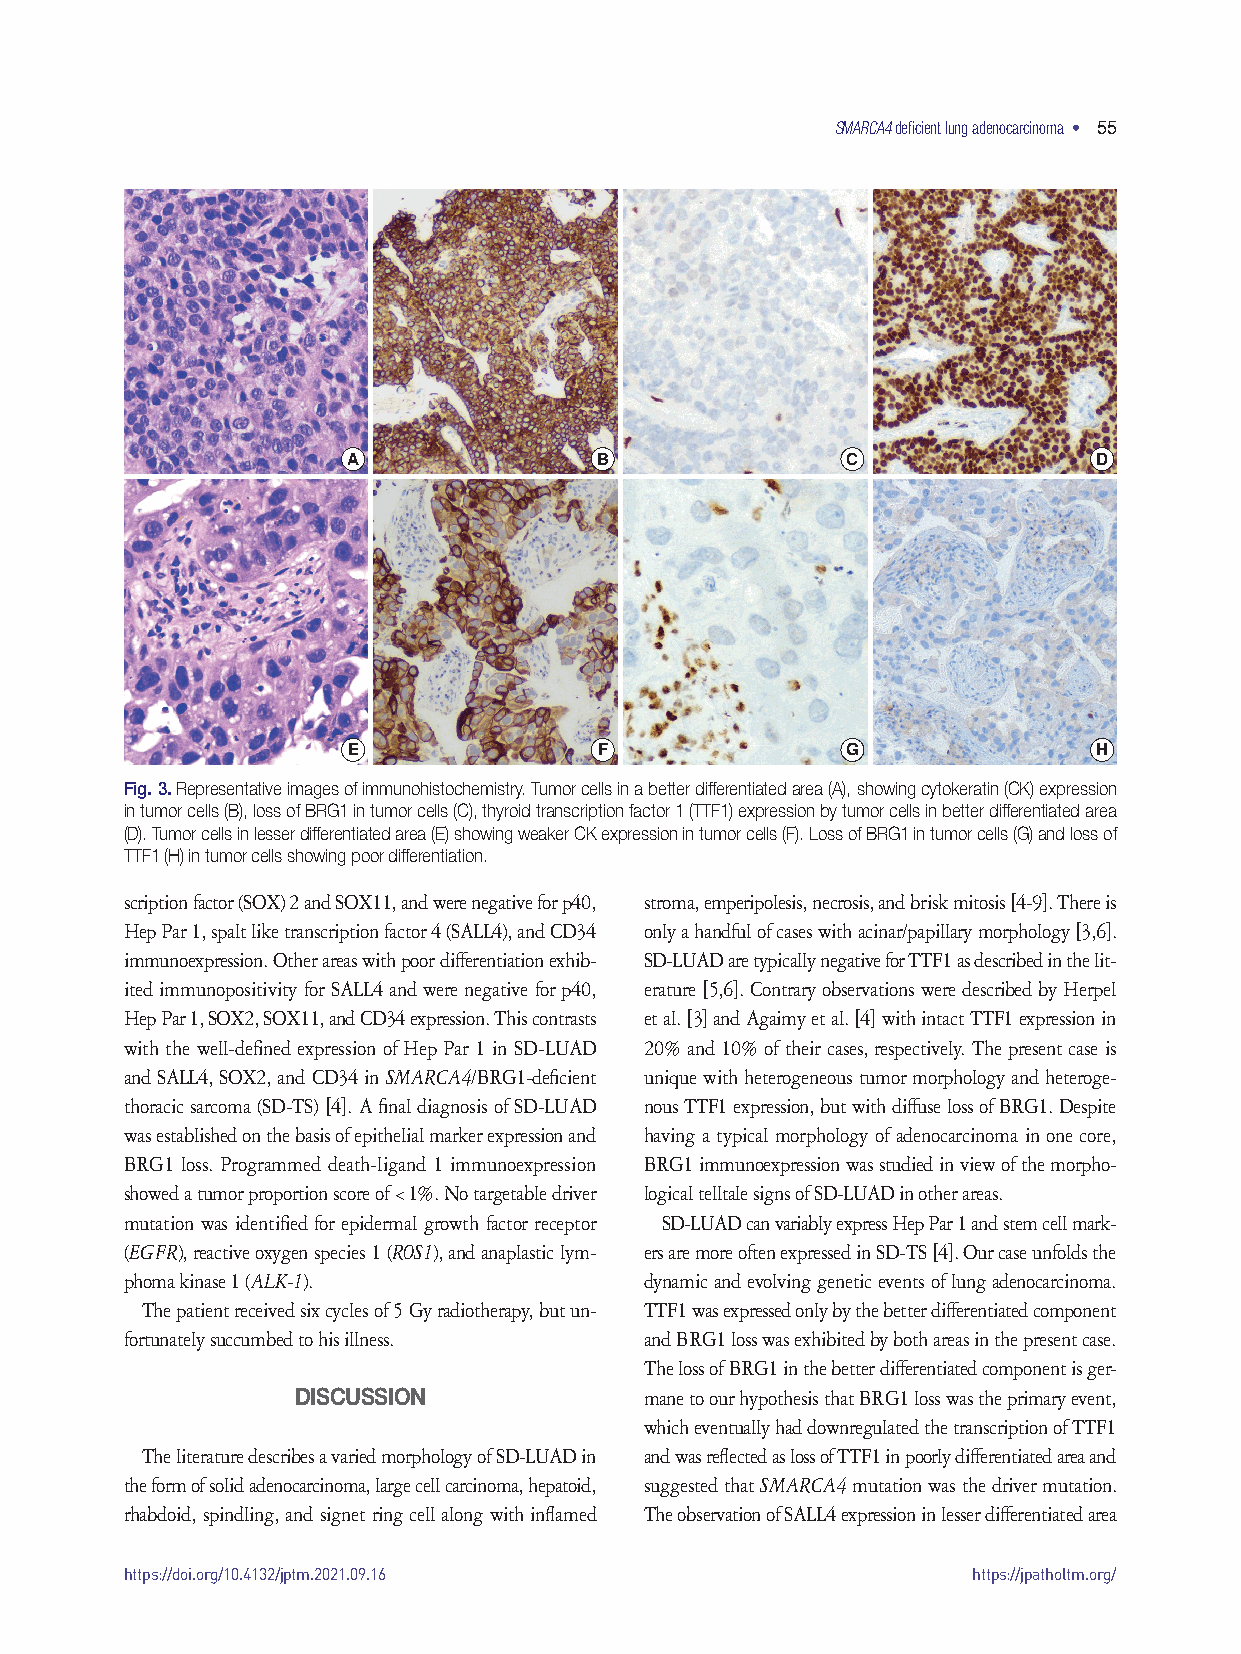
SMARCA4 deficient lung adenocarcinoma • 55
 A               B                C                D
 E                F               G                H
 Fig. 3. Representative images of immunohistochemistry. Tumor cells in a better differentiated area (A), showing cytokeratin (CK) expression
 in tumor cells (B), loss of BRG1 in tumor cells (C), thyroid transcription factor 1 (TTF1) expression by tumor cells in better differentiated area
 (D). Tumor cells in lesser differentiated area (E) showing weaker CK expression in tumor cells (F). Loss of BRG1 in tumor cells (G) and loss of
 TTF1 (H) in tumor cells showing poor differentiation.
 scription factor (SOX) 2 and SOX11, and were negative for p40, stroma, emperipolesis, necrosis, and brisk mitosis [4-9]. There is
 Hep Par 1, spalt like transcription factor 4 (SALL4), and CD34 only a handful of cases with acinar/papillary morphology [3,6].
 immunoexpression. Other areas with poor differentiation exhib- SD-LUAD are typically negative for TTF1 as described in the lit-
 ited immunopositivity for SALL4 and were negative for p40, erature [5,6]. Contrary observations were described by Herpel
 Hep Par 1, SOX2, SOX11, and CD34 expression. This contrasts et al. [3] and Agaimy et al. [4] with intact TTF1 expression in
 with the well-defined expression of Hep Par 1 in SD-LUAD 20% and 10% of their cases, respectively. The present case is
 and SALL4, SOX2, and CD34 in SMARCA4/BRG1-deficient unique with heterogeneous tumor morphology and heteroge-
 thoracic sarcoma (SD-TS) [4]. A final diagnosis of SD-LUAD nous TTF1 expression, but with diffuse loss of BRG1. Despite
 was established on the basis of epithelial marker expression and having a typical morphology of adenocarcinoma in one core,
 BRG1 loss. Programmed death-ligand 1 immunoexpression BRG1 immunoexpression was studied in view of the morpho-
 showed a tumor proportion score of < 1%. No targetable driver logical telltale signs of SD-LUAD in other areas.
 mutation was identified for epidermal growth factor receptor SD-LUAD can variably express Hep Par 1 and stem cell mark-
 (EGFR), reactive oxygen species 1 (ROS1), and anaplastic lym- ers are more often expressed in SD-TS [4]. Our case unfolds the
 phoma kinase 1 (ALK-1).            dynamic and evolving genetic events of lung adenocarcinoma.
 The patient received six cycles of 5 Gy radiotherapy, but un- TTF1 was expressed only by the better differentiated component
 fortunately succumbed to his illness. and BRG1 loss was exhibited by both areas in the present case.
 The loss of BRG1 in the better differentiated component is ger-
 DISCUSSION             mane to our hypothesis that BRG1 loss was the primary event,
 which eventually had downregulated the transcription of TTF1
 The literature describes a varied morphology of SD-LUAD in and was reflected as loss of TTF1 in poorly differentiated area and
 the form of solid adenocarcinoma, large cell carcinoma, hepatoid, suggested that SMARCA4 mutation was the driver mutation.
 rhabdoid, spindling, and signet ring cell along with inflamed The observation of SALL4 expression in lesser differentiated area
 https://doi.org/10.4132/jptm.2021.09.16                 https://jpatholtm.org/